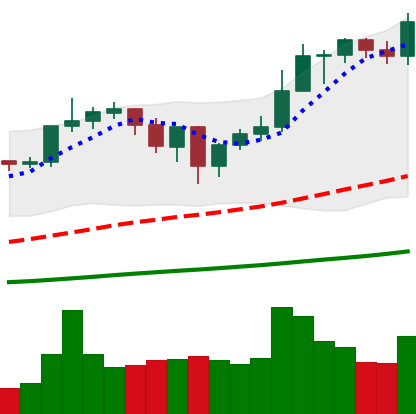
Ticker: ETH-USD
Chart end date: 2021-01-02
Forward return: 58.247%
Label: up_7plus